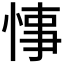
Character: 𢜝